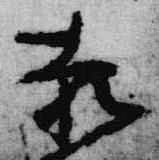
赤